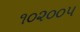
૧૦૨૦૦૫